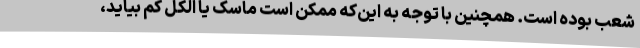
شعب بوده است. همچنین با توجه به این‌که ممکن است ماسک یا الکل کم بیاید،